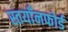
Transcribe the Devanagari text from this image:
स्तयाँनफोर्ड